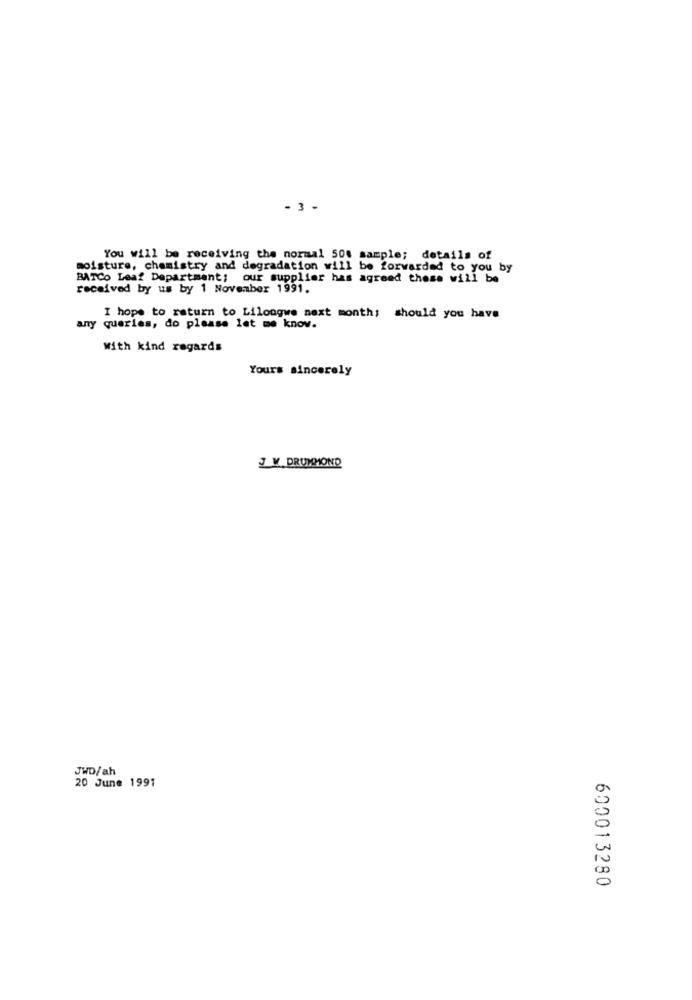
- 3 -
You will be receiving the normal 504 sample; details of
moisture, chemistry and degradation will be forwarded to you by
BATCO Leaf Department; our supplier has agreed these will be
received by us by 1 November 1991.
I hope to return to Lilongwe next month; should you have
any queries, do please let me know.
With kind regards
Yours sincerely
JW DRUMMOND
JWD/ah
20 June 1991
600013280